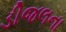
ડીજલના